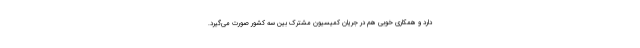
دارد و همکاری خوبی هم در جریان کمیسیون مشترک بین سه کشور صورت می‌گیرد.